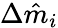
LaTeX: \Delta\hat{m}_{i}